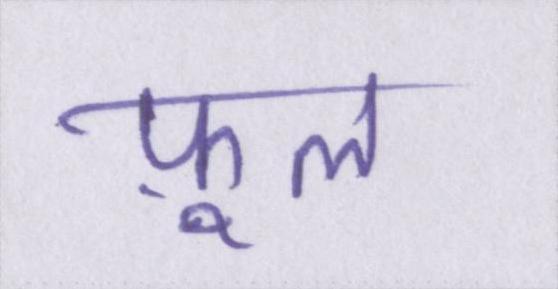
फ़ूल